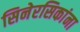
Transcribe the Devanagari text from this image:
सिनेरसिकांना